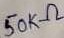
Text: 50KΩ